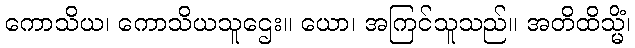
ကောသိယ၊ ကောသိယသူဌေး။ ယော၊ အကြင်သူသည်။ အတိထိသ္မိံ၊